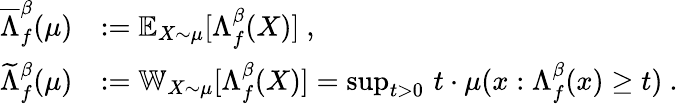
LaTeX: \begin{array}{rl}{\overline{{\Lambda}}_{f}^{\beta}(\mu)}&{:=\mathbb{E}_{X\sim\mu}[\Lambda_{f}^{\beta}(X)]~,}\\ {\widetilde{\Lambda}_{f}^{\beta}(\mu)}&{:=\mathbb{W}_{X\sim\mu}[\Lambda_{f}^{\beta}(X)]=\operatorname*{sup}_{t>0}\, t\cdot\mu(x:\Lambda_{f}^{\beta}(x)\geq t)~.}\end{array}